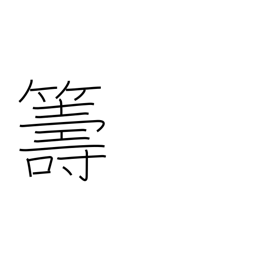
Meaning: plan